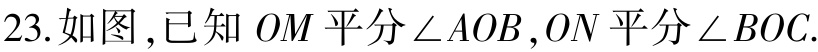
23. 如图，已知 \(OM\) 平分\(\angle AOB\)，\(ON\) 平分\(\angle BOC\).